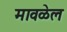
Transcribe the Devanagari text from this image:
मावळेल